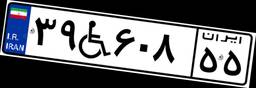
۳۹W۶۰۸۵۵